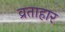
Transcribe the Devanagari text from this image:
व्रताहार